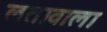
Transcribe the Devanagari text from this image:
लतावाला